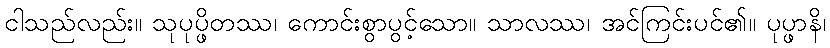
ငါသည်လည်း။ သုပုပ္ဖိတဿ၊ ကောင်းစွာပွင့်သော။ သာလဿ၊ အင်ကြင်းပင်၏။ ပုပ္ဖာနိ၊